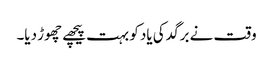
وقت نے برگد کی یاد کو بہت پیچھے چھوڑ دیا۔